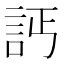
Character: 𧦉